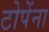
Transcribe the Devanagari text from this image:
टोपेंना